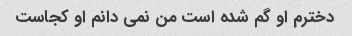
دخترم او گم شده است من نمی دانم او کجاست